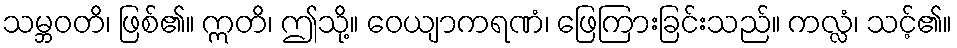
သမ္ဘဝတိ၊ ဖြစ်၏။ ဣတိ၊ ဤသို့။ ဝေယျာကရဏံ၊ ဖြေကြားခြင်းသည်။ ကလ္လံ၊ သင့်၏။